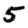
Digit: 5